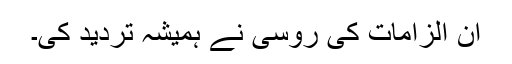
ان الزامات کی روسی نے ہمیشہ تردید کی۔